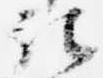
記